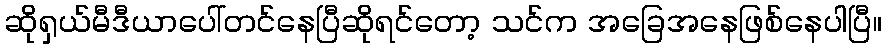
ဆိုရှယ်မီဒီယာပေါ်တင်နေပြီဆိုရင်တော့ သင်က အခြေအနေဖြစ်နေပါပြီ။